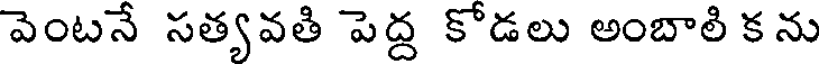
వెంటనే సత్యవతి పెద్ద కోడలు అంబాలి క ను